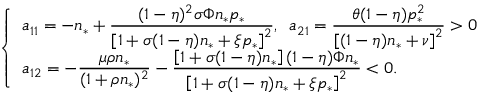
\left\{ \begin{array} { l l } { a _ { 1 1 } = - n _ { * } + \displaystyle \frac { ( 1 - \eta ) ^ { 2 } \sigma \Phi n _ { * } p _ { * } } { \left[ 1 + \sigma ( 1 - \eta ) n _ { * } + \xi p _ { * } \right] ^ { 2 } } , \, \, \, a _ { 2 1 } = \displaystyle \frac { \theta ( 1 - \eta ) p _ { * } ^ { 2 } } { \left[ ( 1 - \eta ) n _ { * } + \nu \right] ^ { 2 } } > 0 } \\ { a _ { 1 2 } = - \displaystyle \frac { \mu \rho n _ { * } } { ( 1 + \rho n _ { * } ) ^ { 2 } } - \displaystyle \frac { \left[ 1 + \sigma ( 1 - \eta ) n _ { * } \right] ( 1 - \eta ) \Phi n _ { * } } { \left[ 1 + \sigma ( 1 - \eta ) n _ { * } + \xi p _ { * } \right] ^ { 2 } } < 0 . } \end{array} \right.